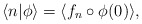
\begin{align*}\langle n|\phi\rangle=\langle f_{n}\circ\phi(0)\rangle,\end{align*}